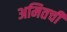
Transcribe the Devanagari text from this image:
अमितची